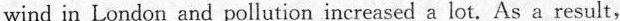
wind in London and pollution increased a lot. As a result,